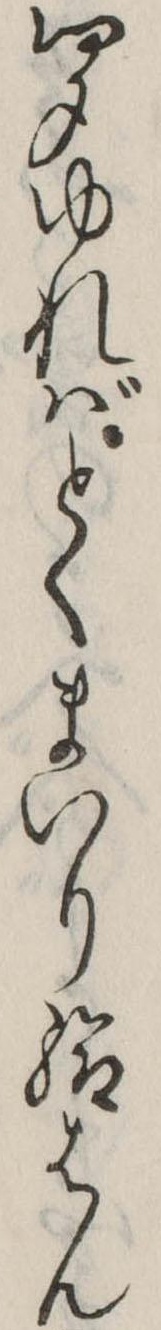
聞ゆればとくまいり給はん